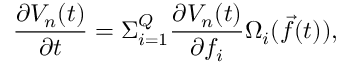
\frac { \partial V _ { n } ( t ) } { \partial t } = \Sigma _ { i = 1 } ^ { Q } \frac { \partial V _ { n } ( t ) } { \partial f _ { i } } \Omega _ { i } ( \vec { f } ( t ) ) ,